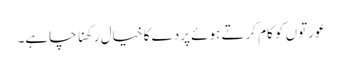
عورتوں کو کام کرتے ہوئے پردے کا خیال رکھنا چاہے۔